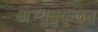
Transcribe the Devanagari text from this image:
अभ्युनुकूलन